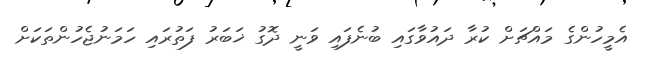
އެމީހުންގެ މައްޗަށް ކުރާ ދައުވާގައި ބުނެފައި ވަނީ ދޮގު ޚަބަރު ފަތުރައި ހަމަނުޖެހުންތަކަށް